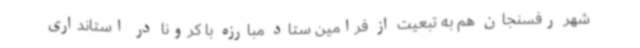
شهر رفسنجان هم به تبعیت از فرامین ستاد مبارزه با کرونا در استانداری